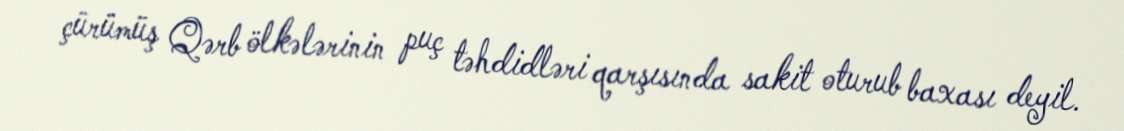
çürümüş Qərb ölkələrinin puç təhdidləri qarşısında sakit oturub baxası deyil.